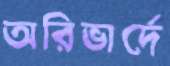
অরিভার্দে